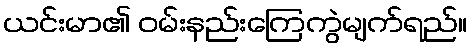
ယင်းမာ၏ ဝမ်းနည်းကြေကွဲမျက်ရည်။